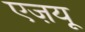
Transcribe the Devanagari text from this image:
एज़यू